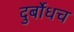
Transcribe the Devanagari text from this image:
दुर्बोधच